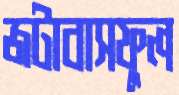
জটাবাসফুল